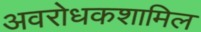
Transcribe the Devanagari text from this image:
अवरोधकशामिल